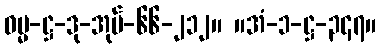
ဓမ္မ-ဋ္ဌ-ဒု-အုပ်-၆၆-၂၁၂။ ။အံ-၁-ဋ္ဌ-၃၄၇။